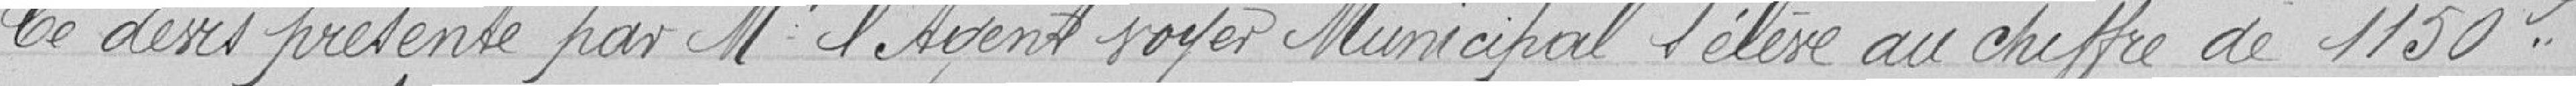
Le devis présenté par Monsieur l'Agent   Municipal s'élève au chiffre de 1.150 F